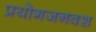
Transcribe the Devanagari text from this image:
प्रयोगजनवश